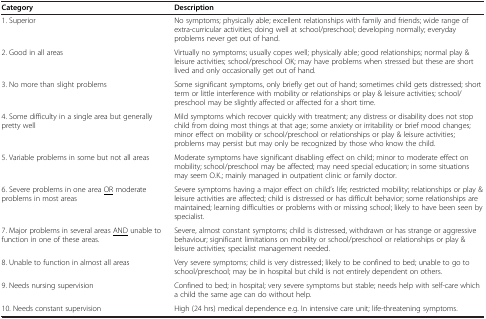
| Category | Description |
 | --- | --- |
 | 1. Superior | No symptoms; physically able; excellent relationships with family and friends; wide range of extra-curricular activities; doing well at school/preschool; developing normally; everyday problems never get out of hand. |
 | 2. Good in all areas | Virtually no symptoms; usually copes well; physically able; good relationships; normal play & leisure activities; school/preschool OK; may have problems when stressed but these are short lived and only occasionally get out of hand. |
 | 3. No more than slight problems | Some significant symptoms, only briefly get out of hand; sometimes child gets distressed; short term or little interference with mobility or relationships or play & leisure activities; school/preschool may be slightly affected or affected for a short time. |
 | 4. Some difficulty in a single area but generally pretty well | Mild symptoms which recover quickly with treatment; any distress or disability does not stop child from doing most things at that age; some anxiety or irritability or brief mood changes; minor effect on mobility or school/preschool or relationships or play & leisure activities; problems may persist but may only be recognized by those who know the child. |
 | 5. Variable problems in some but not all areas | Moderate symptoms have significant disabling effect on child; minor to moderate effect on mobility; school/preschool may be affected; may need special education; in some situations may seem O.K.; mainly managed in outpatient clinic or family doctor. |
 | 6. Severe problems in one area <underline>OR</underline> moderate problems in most areas | Severe symptoms having a major effect on child’s life; restricted mobility; relationships or play & leisure activities are affected; child is distressed or has difficult behavior; some relationships are maintained; learning difficulties or problems with or missing school; likely to have been seen by specialist. |
 | 7. Major problems in several areas <underline>AND</underline> unable to function in one of these areas. | Severe, almost constant symptoms; child is distressed, withdrawn or has strange or aggressive behaviour; significant limitations on mobility or school/preschool or relationships or play & leisure activities; specialist management needed. |
 | 8. Unable to function in almost all areas | Very severe symptoms; child is very distressed; likely to be confined to bed; unable to go to school/preschool; may be in hospital but child is not entirely dependent on others. |
 | 9. Needs nursing supervision | Confined to bed; in hospital; very severe symptoms but stable; needs help with self-care which a child the same age can do without help. |
 | 10. Needs constant supervision | High (24 hrs) medical dependence e.g. In intensive care unit; life-threatening symptoms. |